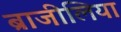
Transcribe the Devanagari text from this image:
ब्राजीलिया